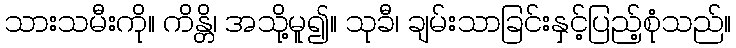
သားသမီးကို။ ကိန္တိ၊ အသို့မူ၍။ သုခီ၊ ချမ်းသာခြင်းနှင့်ပြည့်စုံသည်။